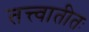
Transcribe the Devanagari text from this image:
तत्त्वातीतः